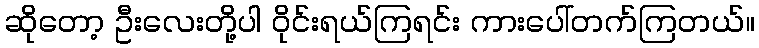
ဆိုတော့ ဦးလေးတို့ပါ ဝိုင်းရယ်ကြရင်း ကားပေါ်တက်ကြတယ်။